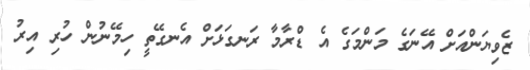
ޒެވިޔަންއަށް އޭނަގެ މަންމަގެ އެ ޑްރާމާ ރަނގަޅަށް އެނގޭތީ ހިމޭނުން ހުރި އިރު